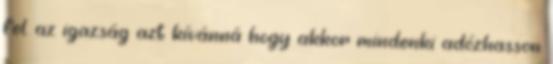
fel. az igazság azt kívánná hogy akkor mindenki adózhasson